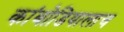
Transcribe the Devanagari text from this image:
कांबोडियालाच